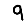
Digit: 9